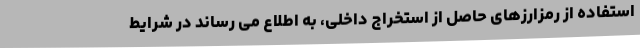
استفاده از رمزارزهای حاصل از استخراج داخلی، به اطلاع می رساند در شرایط